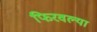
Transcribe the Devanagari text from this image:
फिरवल्या